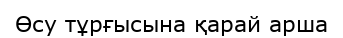
Өсу тұрғысына қарай арша